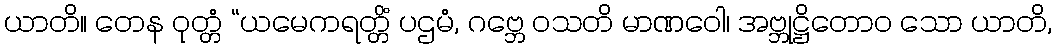
ယာတိ။ တေန ဝုတ္တံ “ယမေကရတ္တိံ ပဌမံ, ဂဗ္ဘေ ဝသတိ မာဏဝေါ၊ အဗ္ဘုဋ္ဌိတောဝ သော ယာတိ,